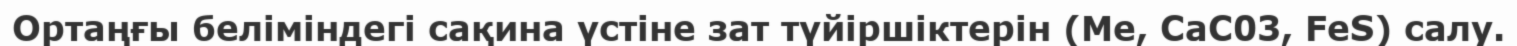
Ортаңғы беліміндегі сақина үстіне зат түйіршіктерін (Me, СаС03, FeS) салу.